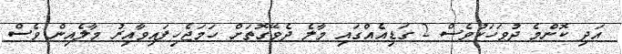
އަދި ކޮންމެ ދުވަހަކުވެސް 2 ގަޑިއެއްގައި މާލެ ދެވޭގޮތަށް ހަމަޖެހިފައިވާއިރު މާލެއިން ވެސް